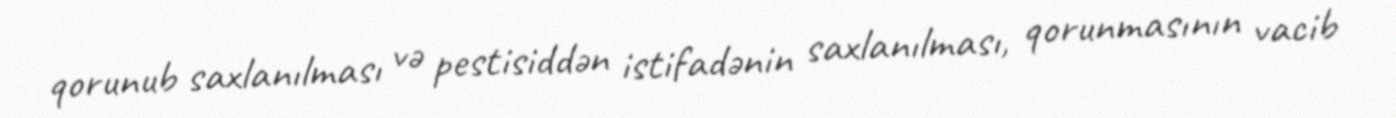
qorunub saxlanılması və pestisiddən istifadənin saxlanılması, qorunmasının vacib